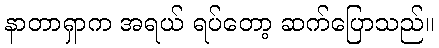
နာတာရှာက အရယ် ရပ်တော့ ဆက်ပြောသည်။